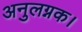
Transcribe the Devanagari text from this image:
अनुलग्नक।